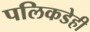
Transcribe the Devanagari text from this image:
पलिकडेही